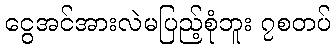
ငွေအင်အားလဲမပြည့်စုံဘူး ၇စတပ်